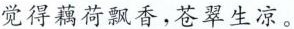
觉得藕荷飘香，苍翠生凉。